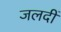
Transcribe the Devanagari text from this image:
जलदीं